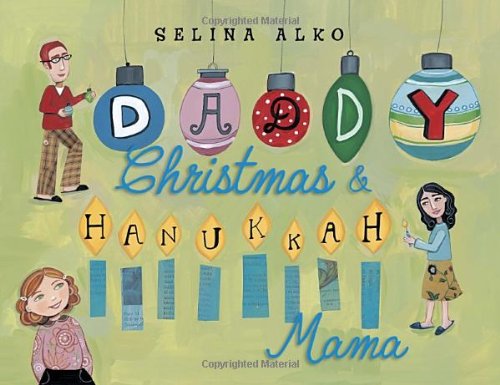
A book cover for Daddy Christmas and Hanukkah Mama; Selina Alko; Children's Books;